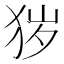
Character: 𤞃